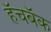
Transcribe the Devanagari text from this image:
हॅचबॅक